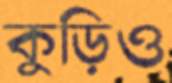
কুড়িও